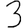
Digit: 3